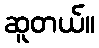
ဆူတယ်။